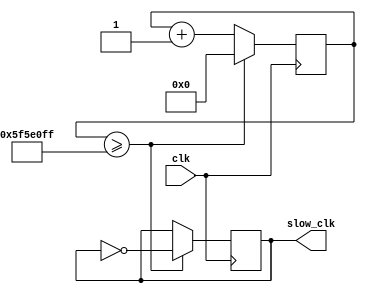
module Slow_Clock(
  input clk,
  output reg slow_clk = 1'b0
);

localparam CLOCK_FREQUENCY = 100000000;
parameter SLOW_CLOCK_FREQUENCY = 1;
localparam MAX_COUNT = CLOCK_FREQUENCY / SLOW_CLOCK_FREQUENCY;

reg [31:0] cnt = 0;

always @ (posedge clk) begin
  cnt <= cnt + 31'b1;
  if (cnt >= (MAX_COUNT - 1)) begin
    cnt <= 31'b0;
    slow_clk <= ~slow_clk;
  end
end

endmodule